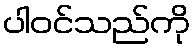
ပါဝင်သည်ကို